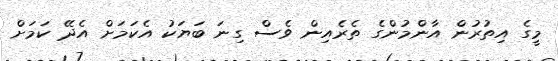
މީގެ އިތުރުން އާންމުންގެ ތެެރެއިން ވެސް ގިނަ ބަޔަކު އެކަމަށް އެދޭ ކަމަށް